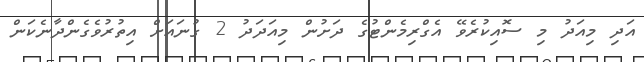
އަދި މިއަދު މި ސޮއިކުރެވޭ އެގްރިމެންޓުގެ ދަށުން މިއަދަދު 2 ގުނައަށް އިތުރުވެގެންދާނެކަން